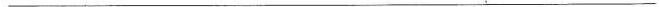
___